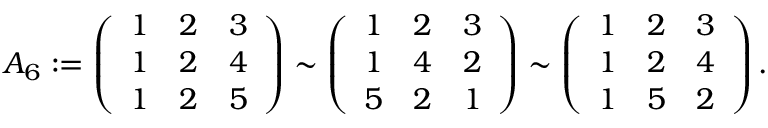
A _ { 6 } : = \left( \begin{array} { l l l } { 1 } & { 2 } & { 3 } \\ { 1 } & { 2 } & { 4 } \\ { 1 } & { 2 } & { 5 } \end{array} \right) \sim \left( \begin{array} { l l l } { 1 } & { 2 } & { 3 } \\ { 1 } & { 4 } & { 2 } \\ { 5 } & { 2 } & { 1 } \end{array} \right) \sim \left( \begin{array} { l l l } { 1 } & { 2 } & { 3 } \\ { 1 } & { 2 } & { 4 } \\ { 1 } & { 5 } & { 2 } \end{array} \right) .